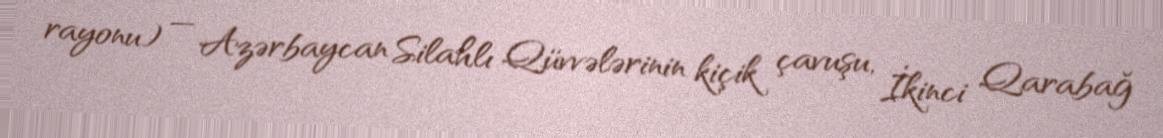
rayonu) — Azərbaycan Silahlı Qüvvələrinin kiçik çavuşu, İkinci Qarabağ